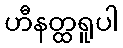
ဟီနတ္ထရူပါ